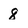
Character: 8